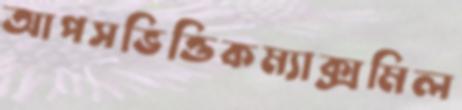
আপসভিত্তিকম্যাক্সমিল